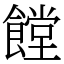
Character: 饄